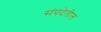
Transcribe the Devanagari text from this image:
संपदेतील